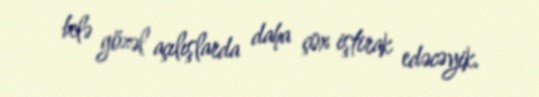
belə gözəl açılışlarda daha çox iştirak edəcəyik.